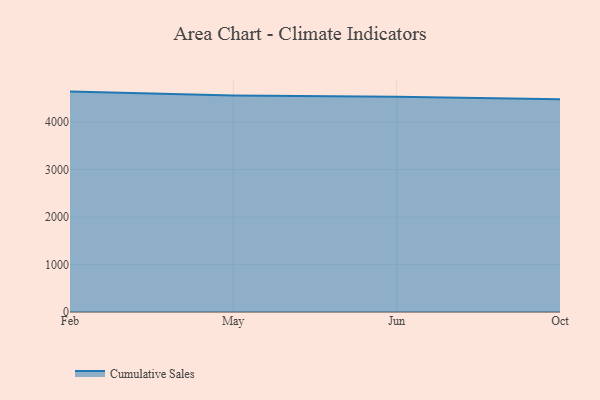
{"axis": {"x": "Month", "y": "Energy Usage (MWh)"}, "legend": ["Cumulative Sales"], "data": [{"x": "Feb", "y": 4639.4, "type": "Cumulative Sales"}, {"x": "May", "y": 4556.3, "type": "Cumulative Sales"}, {"x": "Jun", "y": 4528.5, "type": "Cumulative Sales"}, {"x": "Oct", "y": 4479.1, "type": "Cumulative Sales"}]}